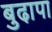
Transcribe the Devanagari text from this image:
बुढा़पा